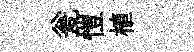
瓮愷植